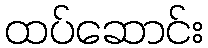
ထပ်ဆောင်း